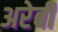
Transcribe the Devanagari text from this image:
अरेबी